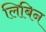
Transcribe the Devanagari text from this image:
लिबिन